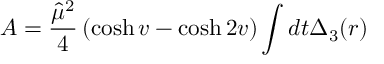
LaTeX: { \cal A } = \frac { \hat { \mu } ^ { 2 } } { 4 } \left( \cosh v - \cosh 2 v \right) \int d t \Delta _ { 3 } ( r )